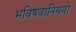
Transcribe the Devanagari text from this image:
भविषवानिययो